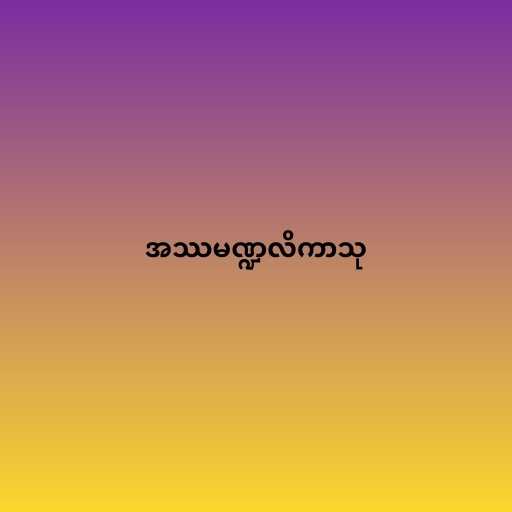
အဿမဏ္ဍလိကာသု